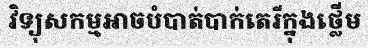
វិទ្យុសកម្មអាចបំបាត់បាក់តេរីក្នុងថ្លើម